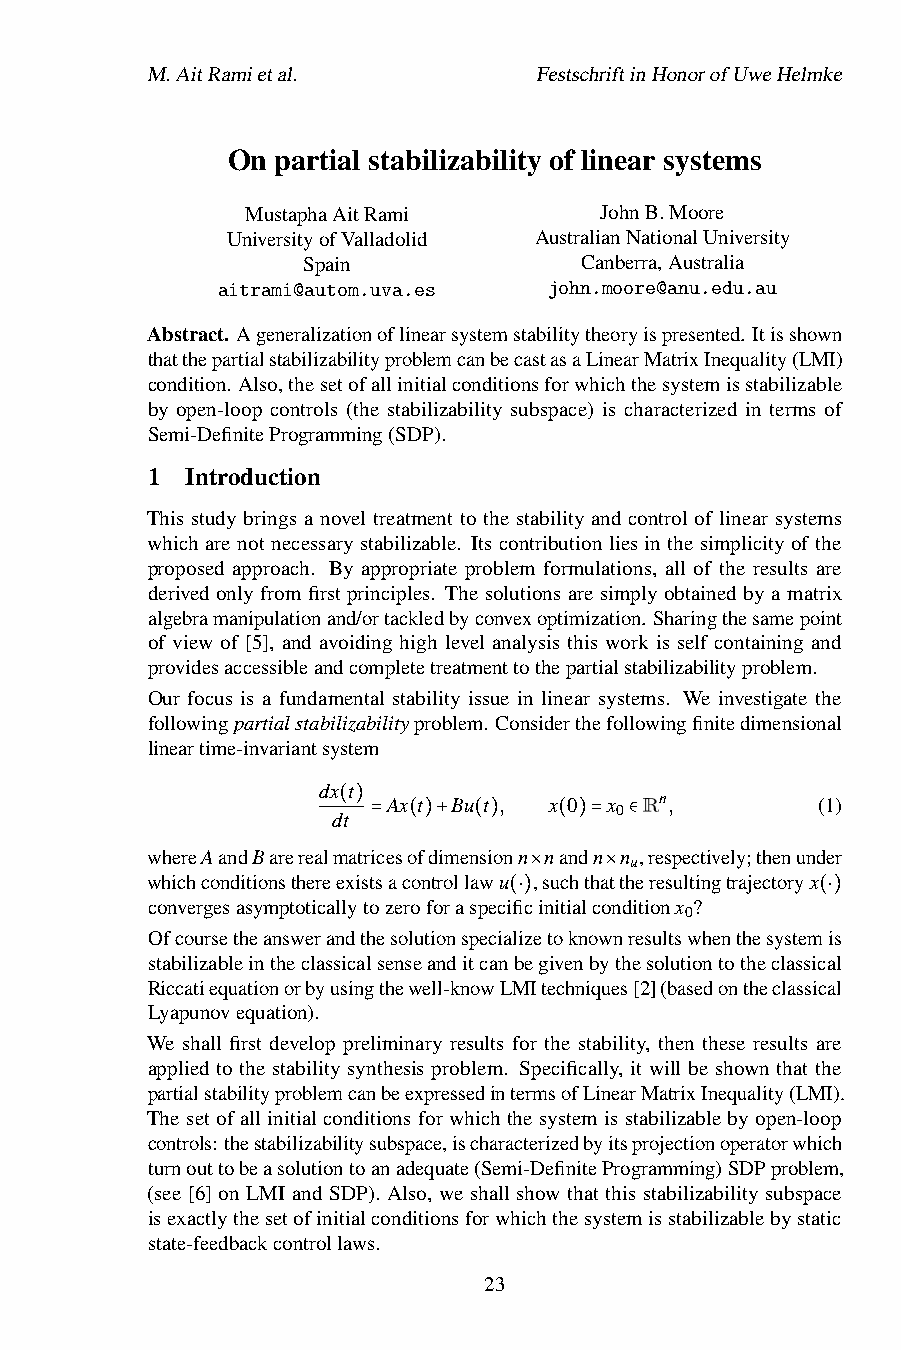
M.AitRamietal.            FestschriftinHonorofUweHelmke
 On partial stabilizability of linear systems
 MustaphaAitRami         JohnB.Moore
 UniversityofValladolid AustralianNationalUniversity
 Spain             Canberra,Australia
 aitrami@autom.uva.es  john.moore@anu.edu.au
 Abstract. Ageneralizationoflinearsystemstabilitytheoryispresented. Itisshown
 thatthepartialstabilizabilityproblemcanbecastasaLinearMatrixInequality(LMI)
 condition. Also,thesetofallinitialconditionsforwhichthesystemisstabilizable
 by open-loop controls (the stabilizability subspace) is characterized in terms of
 Semi-DefiniteProgramming(SDP).
 1 Introduction
 This study brings a novel treatment to the stability and control of linear systems
 which are not necessary stabilizable. Its contribution lies in the simplicity of the
 proposed approach. By appropriate problem formulations, all of the results are
 derived only from first principles. The solutions are simply obtained by a matrix
 algebramanipulationand/ortackledbyconvexoptimization. Sharingthesamepoint
 of view of [5], and avoiding high level analysis this work is self containing and
 providesaccessibleandcompletetreatmenttothepartialstabilizabilityproblem.
 Our focus is a fundamental stability issue in linear systems. We investigate the
 followingpartialstabilizabilityproblem. Considerthefollowingfinitedimensional
 lineartime-invariantsystem
 dx t
 Ax t Bu t , x 0 x Rn,       (1)
 0
 dt
 ( )
 whereAandBarerealmatri=ceso(f)d+imen(si)onn n(an)d=n n∈,respectively;thenunder
 u
 whichconditionsthereexistsacontrollawu ,suchthattheresultingtrajectoryx
 convergesasymptoticallytozeroforaspecific×initialco×nditionx ?
 0
 (⋅)                 (⋅)
 Ofcoursetheanswerandthesolutionspecializetoknownresultswhenthesystemis
 stabilizableintheclassicalsenseanditcanbegivenbythesolutiontotheclassical
 Riccatiequationorbyusingthewell-knowLMItechniques[2](basedontheclassical
 Lyapunovequation).
 We shall first develop preliminary results for the stability, then these results are
 applied to the stability synthesis problem. Specifically, it will be shown that the
 partialstabilityproblemcanbeexpressedintermsofLinearMatrixInequality(LMI).
 The set of all initial conditions for which the system is stabilizable by open-loop
 controls:thestabilizabilitysubspace,ischaracterizedbyitsprojectionoperatorwhich
 turnouttobeasolutiontoanadequate(Semi-DefiniteProgramming)SDPproblem,
 (see [6] on LMI and SDP). Also, we shall show that this stabilizability subspace
 isexactlythesetofinitialconditionsforwhichthesystemisstabilizablebystatic
 state-feedbackcontrollaws.
 23